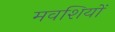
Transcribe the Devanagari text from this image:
मवशियों